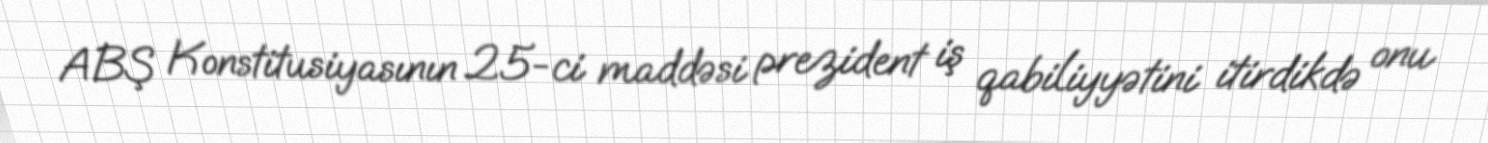
ABŞ Konstitusiyasının 25-ci maddəsi prezident iş qabiliyyətini itirdikdə onu